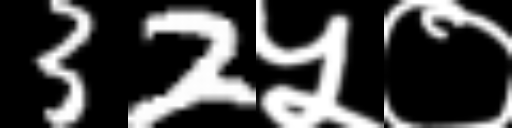
Text: 32५०